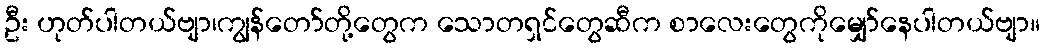
ဦး ဟုတ်ပါတယ်ဗျာ၊ကျွန်တော်တို့တွေက သောတရှင်တွေဆီက စာလေးတွေကိုမျှော်နေပါတယ်ဗျာ။